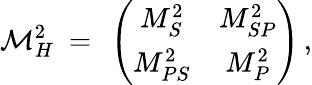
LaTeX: {\cal M}_{H}^{2}\ =\ \left(\begin{array}{cc}{{M_{S}^{2}}}&{{M_{SP}^{2}}}\\ {{M_{PS}^{2}}}&{{M_{P}^{2}}}\end{array}\right)\, ,